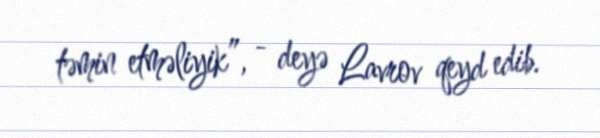
təmin etməliyik”, - deyə Lavrov qeyd edib.